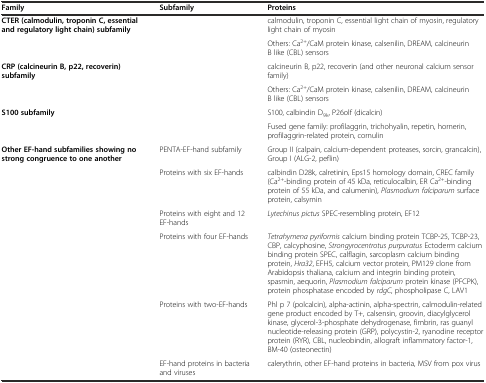
| Family | Subfamily | Proteins |
 | --- | --- | --- |
 | CTER (calmodulin, troponin C, essential and regulatory light chain) subfamily |  | calmodulin, troponin C, essential light chain of myosin, regulatory light chain of myosin |
 |  |  | Others: Ca2+/CaM protein kinase, calsenilin, DREAM, calcineurin B like (CBL) sensors |
 | CRP (calcineurin B, p22, recoverin) subfamily |  | calcineurin B, p22, recoverin (and other neuronal calcium sensor family) |
 |  |  | Others: Ca2+/CaM protein kinase, calsenilin, DREAM, calcineurin B like (CBL) sensors |
 | S100 subfamily |  | S100, calbindin D9k, P26olf (dicalcin) |
 |  |  | Fused gene family: profilaggrin, trichohyalin, repetin, hornerin, profilaggrin-related protein, cornulin |
 | Other EF-hand subfamilies showing no strong congruence to one another | PENTA-EF-hand subfamily | Group II (calpain, calcium-dependent proteases, sorcin, grancalcin), Group I (ALG-2, peflin) |
 |  | Proteins with six EF-hands | calbindin D28k, calretinin, Eps15 homology domain, CREC family (Ca2+-binding protein of 45 kDa, reticulocalbin, ER Ca2+-binding protein of 55 kDa, and calumenin), Plasmodium falciparum surface protein, calsymin |
 |  | Proteins with eight and 12 EF-hands | Lytechinus pictus SPEC-resembling protein, EF12 |
 |  | Proteins with four EF-hands | Tetrahymena pyriformis calcium binding protein TCBP-25, TCBP-23, CBP, calcyphosine, Strongyrocentrotus purpuratus Ectoderm calcium binding protein SPEC, calflagin, sarcoplasm calcium binding protein, Hra32, EFH5, calcium vector protein, PM129 clone from Arabidopsis thaliana, calcium and integrin binding protein, spasmin, aequorin, Plasmodium falciparum protein kinase (PFCPK), protein phosphatase encoded by rdgC, phospholipase C, LAV1 |
 |  | Proteins with two-EF-hands | Phl p 7 (polcalcin), alpha-actinin, alpha-spectrin, calmodulin-related gene product encoded by T+, calsensin, groovin, diacylglycerol kinase, glycerol-3-phosphate dehydrogenase, fimbrin, ras guanyl nucleotide-releasing protein (GRP), polycystin-2, ryanodine receptor protein (RYR), CBL, nucleobindin, allograft inflammatory factor-1, BM-40 (osteonectin) |
 |  | EF-hand proteins in bacteria and viruses | calerythrin, other EF-hand proteins in bacteria, MSV from pox virus |